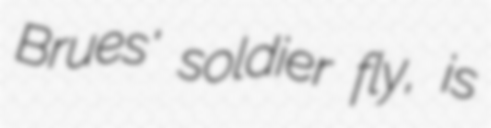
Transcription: Brues' soldier fly, is